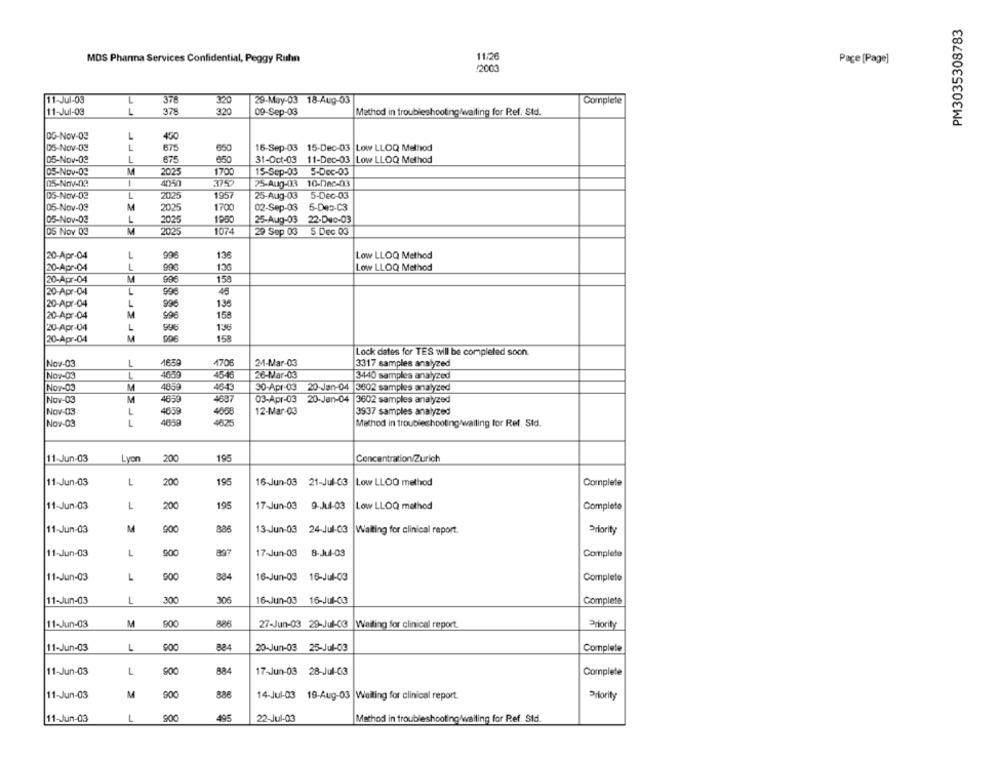
PM3035308783
MDS Pharma Services Confidential, Peggy Ruhn
11:26
Page [Page]
(200
11-Jul-03
378
320
29-May-03 18-Aug-03
Complete
L
11-Jul-03
L
37
320
09-Sep-03
Method in troubleshooting/waiting for Ref. Std.
DG-Nov-03
L
450
05-Nov-03
L
675
650
16-Sep-03 15-Dec-03 Low LLOQ Method
05-Nov-02
L
675
650
31-Oct-03 11-Dec-03 |Low LLOQ Method
05-Nov-09
M
2025
1700
15-Sep-03
5-Dec-03
05-Nov-03
4040
75-Aug-03 10-Dec-03
05-Nov-03
L
2025
1957
25-Aug-03
5-Dec-03
M
1700
05-Nov-03
2025
02-Sep-03
5-Des-C3
05-Nov-03
L
2025
1800
25-Aug-03
22-Dec-03
05 Nov 03
M
2025
1074
29 Sep 03
5 Dec 03
20-Apr-04
L
996
Low LLOQ Method
1
Low LLOQ Method
20-Apr-04
996
20-Apr-04
M
906
158
20-Apr-04
L
996
45
20-Apr-04
135
20-Apr-04
M
596
158
20-Apr-04
1
1:3
996
20-Apr-04
M
158
Lock dates for TES will be completed soon.
Nov-03
L
4706
24-Mar-03
3317 samples analyzed
4546
26-Mar-03
Nov-
L
4650
3440 samples analyzed
Nov-03
M
4859
4643
30-Apr-03 20-Jan-04 |3602 samples analyzed
Nov-03
M
4650
4687
03-Apr-03 20-Jan-04
3602 samples analyzed
Nov-03
1
4659
12-Mar-03
3937 samples analyzed
405
8 8 8 888
L
4050
4625
Method in troubleshooting/waiting for Ret. Std.
200
195
11-Jun-03
Lyon
Concentration/Zurich
11-Jun-03
L
200
195
16-Jun-03 21-Jul-G3 |Low LLOO method
Complete
11-Jun-03
L
20℃
195
17-Jun-03 9-Jul-03
Low LLOQ method
Complete
11-Jun-03
M
900
886
13-Jun-03 24-Jul-03
Waiting for clinical report.
Priority
11-Jun-03
L
17-Jun-03 8-Jul-03
Complete
11-Jun-03
L
900
884
16-Jun-03 16-Jul-03
Completo
11-Jun-03
L
300
306
16-Jun-03 16-Jul-03
Complete
11-Jun-03
M
886
27-Jun-03 29-Jul-03 Waiting for clinical report.
Priority
11-Jun-03
1
800
884
20-Jun-03 25-Jul-03
Complete
11-Jun-03
884
L
17-Jun-03 28-Jul-03
Complete
900
11-Jun-03
M
886
14-Jul-03 19-Aug-03 |Waiting for clinical report.
ority
900
11-Jun-03
495
22-Jul-03
Method in troubleshooting/waiting for Ref. Std.